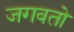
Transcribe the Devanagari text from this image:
जगवतो